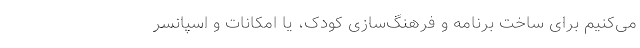
می‌کنیم برای ساخت برنامه و فرهنگ‌سازی کودک، یا امکانات و اسپانسر